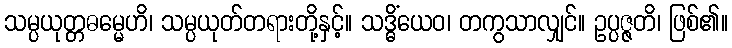
သမ္ပယုတ္တဓမ္မေဟိ၊ သမ္ပယုတ်တရားတို့နှင့်။ သဒ္ဓိံယေဝ၊ တကွသာလျှင်။ ဥပ္ပဇ္ဇတိ၊ ဖြစ်၏။